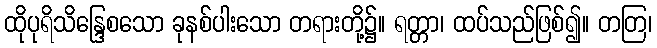
ထိုပုရိသိန္ဒြေစသော ခုနစ်ပါးသော တရားတို့၌။ ရတ္တာ၊ ထပ်သည်ဖြစ်၍။ တတြ၊